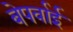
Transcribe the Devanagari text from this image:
बेपर्वाई